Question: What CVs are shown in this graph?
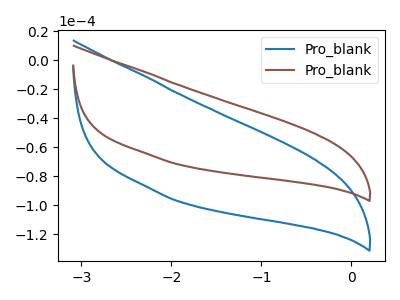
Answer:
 <answer>The blue curve is labeled "Pro_blank1". The brown curve is labeled "Pro_blank2".</answer>
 <eval></eval>